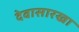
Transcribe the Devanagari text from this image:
देवासारखा